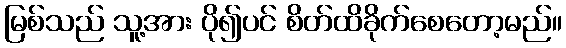
မြစ်သည် သူ့အား ပို၍ပင် စိတ်ထိခိုက်စေတော့မည်။